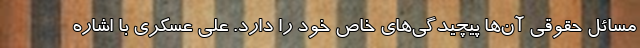
مسائل حقوقی آن‌ها پیچیدگی‌های خاص خود را دارد. علی عسکری با اشاره